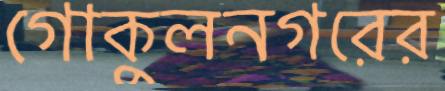
গোকুলনগরের